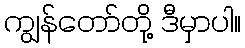
ကျွန်တော်တို့ ဒီမှာပါ။